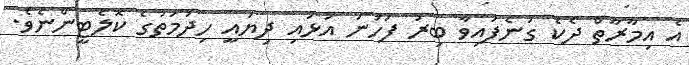
އެ އިމާރާތް ދެކެ ގަނެފައިވާ ބިރު ފަހަނަ އަޅައި ދިޔައީ ހިދުމަތުގެ ކޮލެޓީންނެވެ.